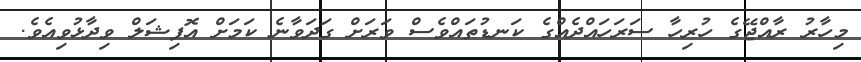
މިހާރު ރާއްޖޭގެ ހުރިހާ ސަރަހައްދެއްގެ ކަނޑުތައްވެސް ވަރަށް ގަދަވާނެ ކަމަށް އޮފިޝަލް ވިދާޅުވިއެވެ.